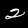
Label: 2